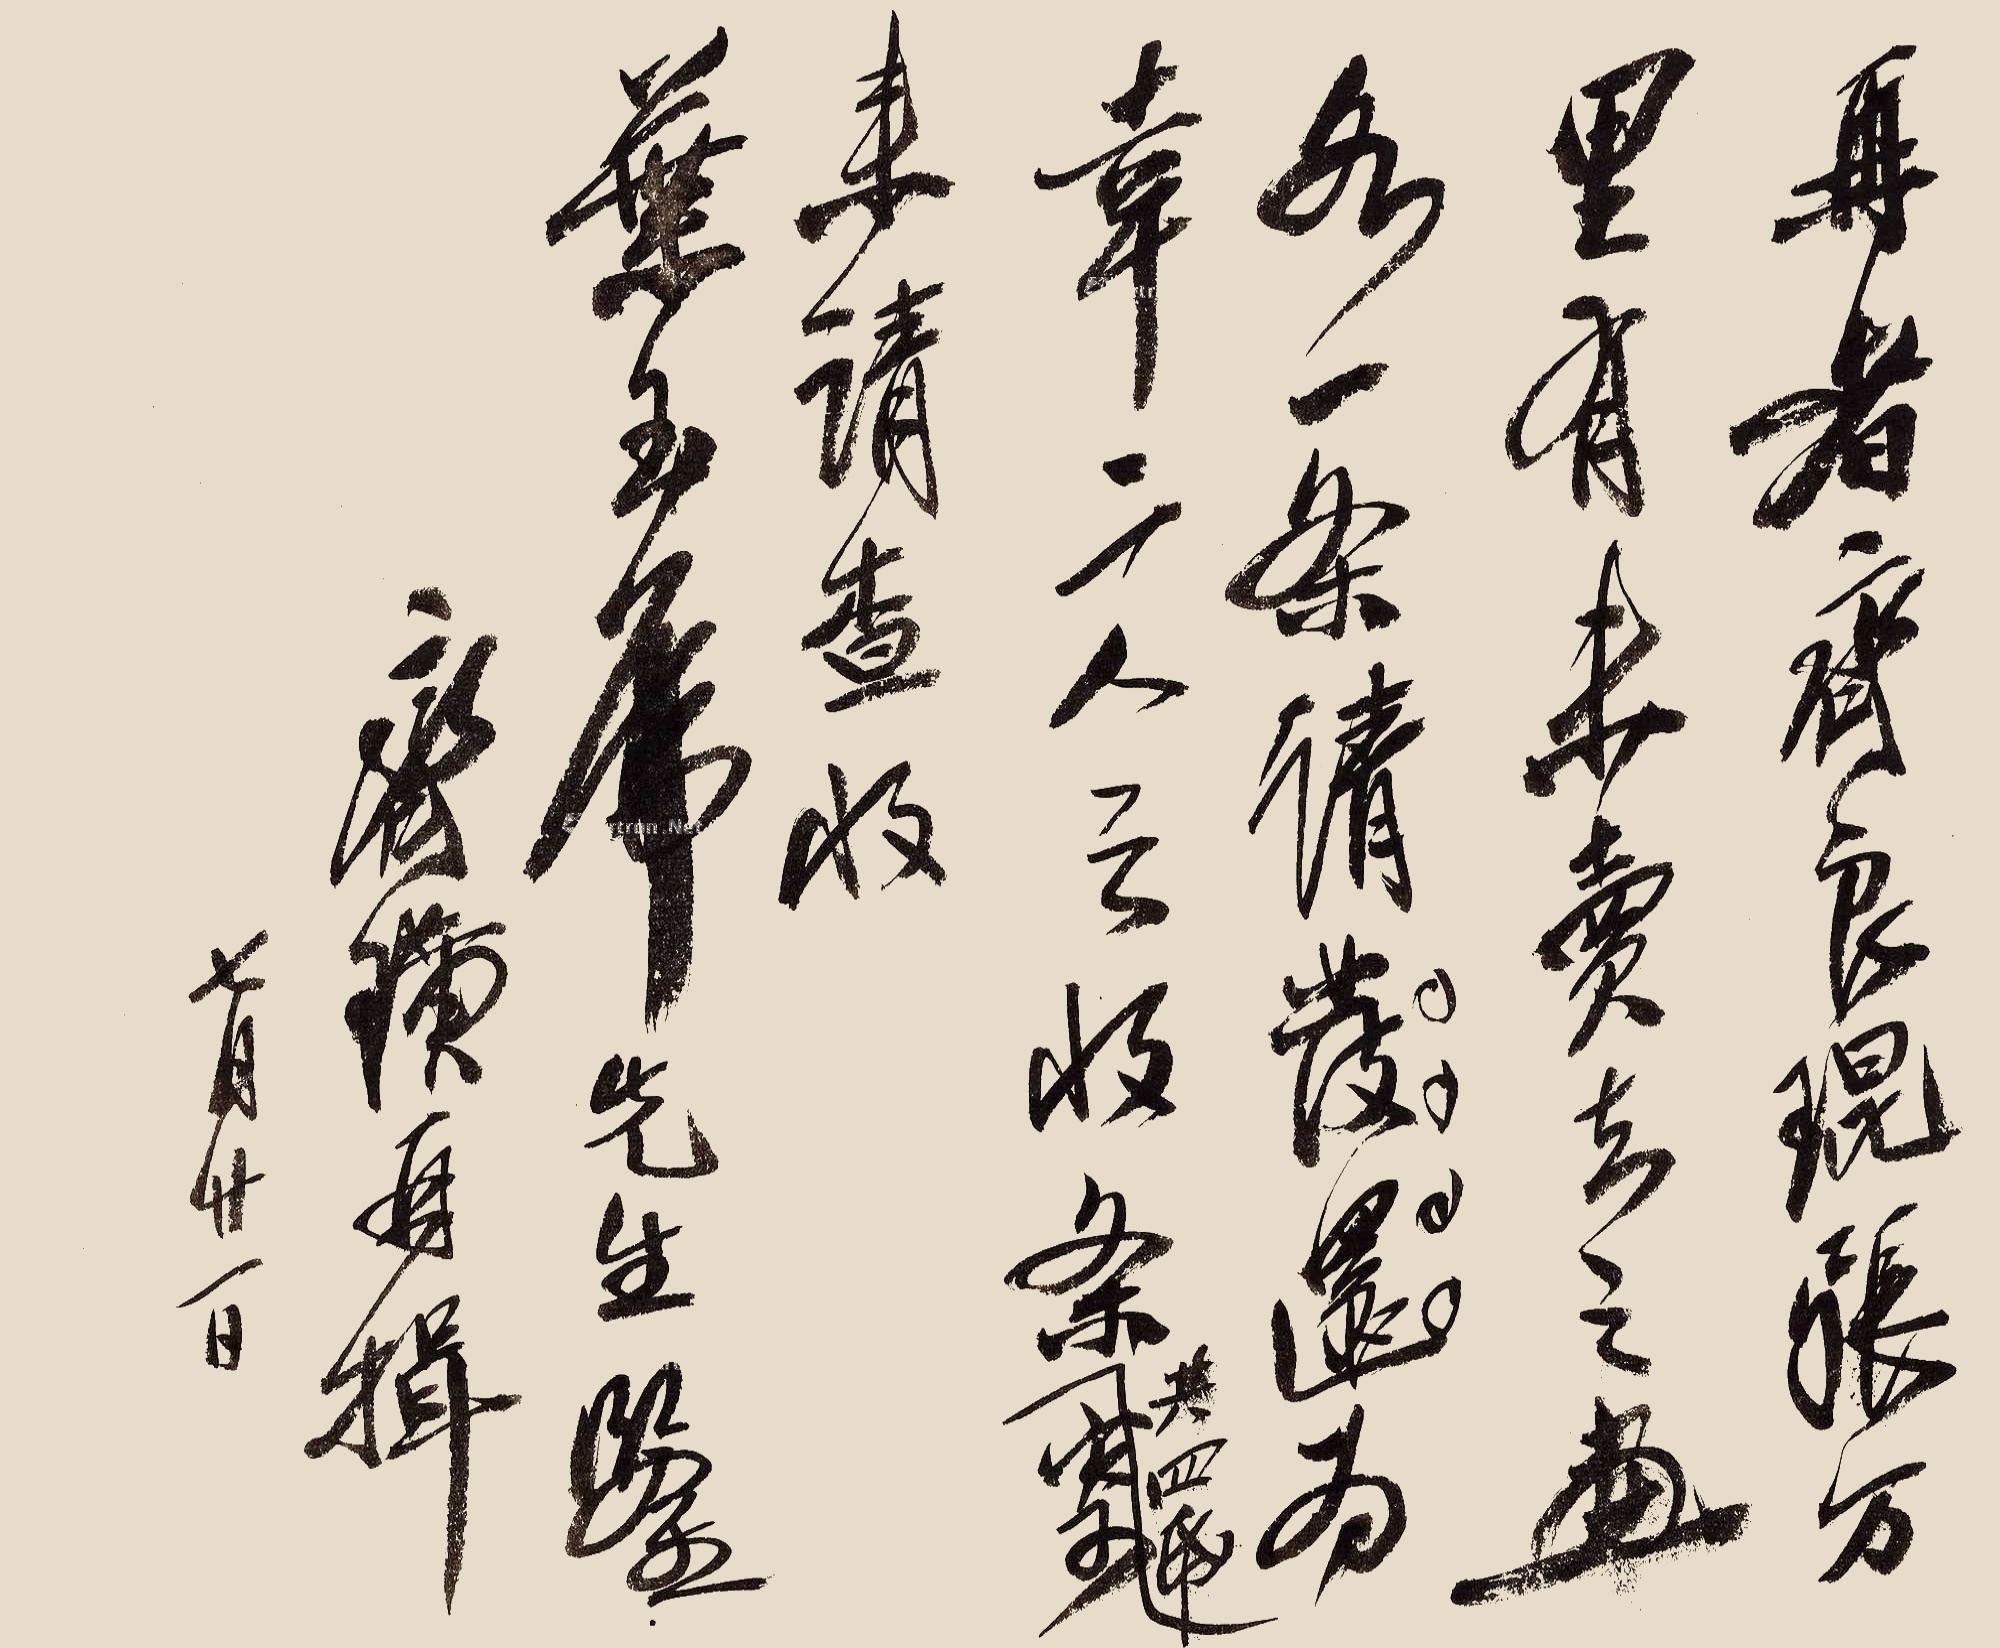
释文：再者，齐良琨、张万里有未卖去之画各一条，请发还为幸，二人之收条共四纸寄来，请查收。叶玉老先生鉴。齐璜再揖。